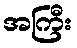
အကြီး